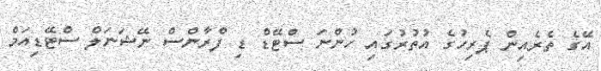
އޭގެ ތެރެއިން ޕެރިހުގެ އުތުރުގައި ހުންނަ ސްޓޭޑް ޑި ފްރާންސް ނޭޝަނަލް ސްޓޭޑިއަމް